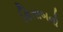
કિતાબનો